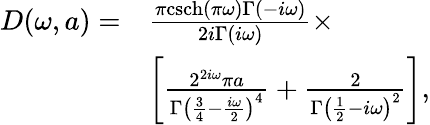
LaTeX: \begin{array}{rl}{D(\omega,a)=}&{\frac{\pi\mathrm{csch}(\pi\omega)\Gamma(-i\omega)}{2i\Gamma(i\omega)}\times}\\ &{\left[\frac{2^{2i\omega}\pi a}{\Gamma\left(\frac{3}{4}-\frac{i\omega}{2}\right)^{4}}+\frac{2}{\Gamma\left(\frac{1}{2}-i\omega\right)^{2}}\right],}\end{array}